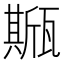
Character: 𤮓